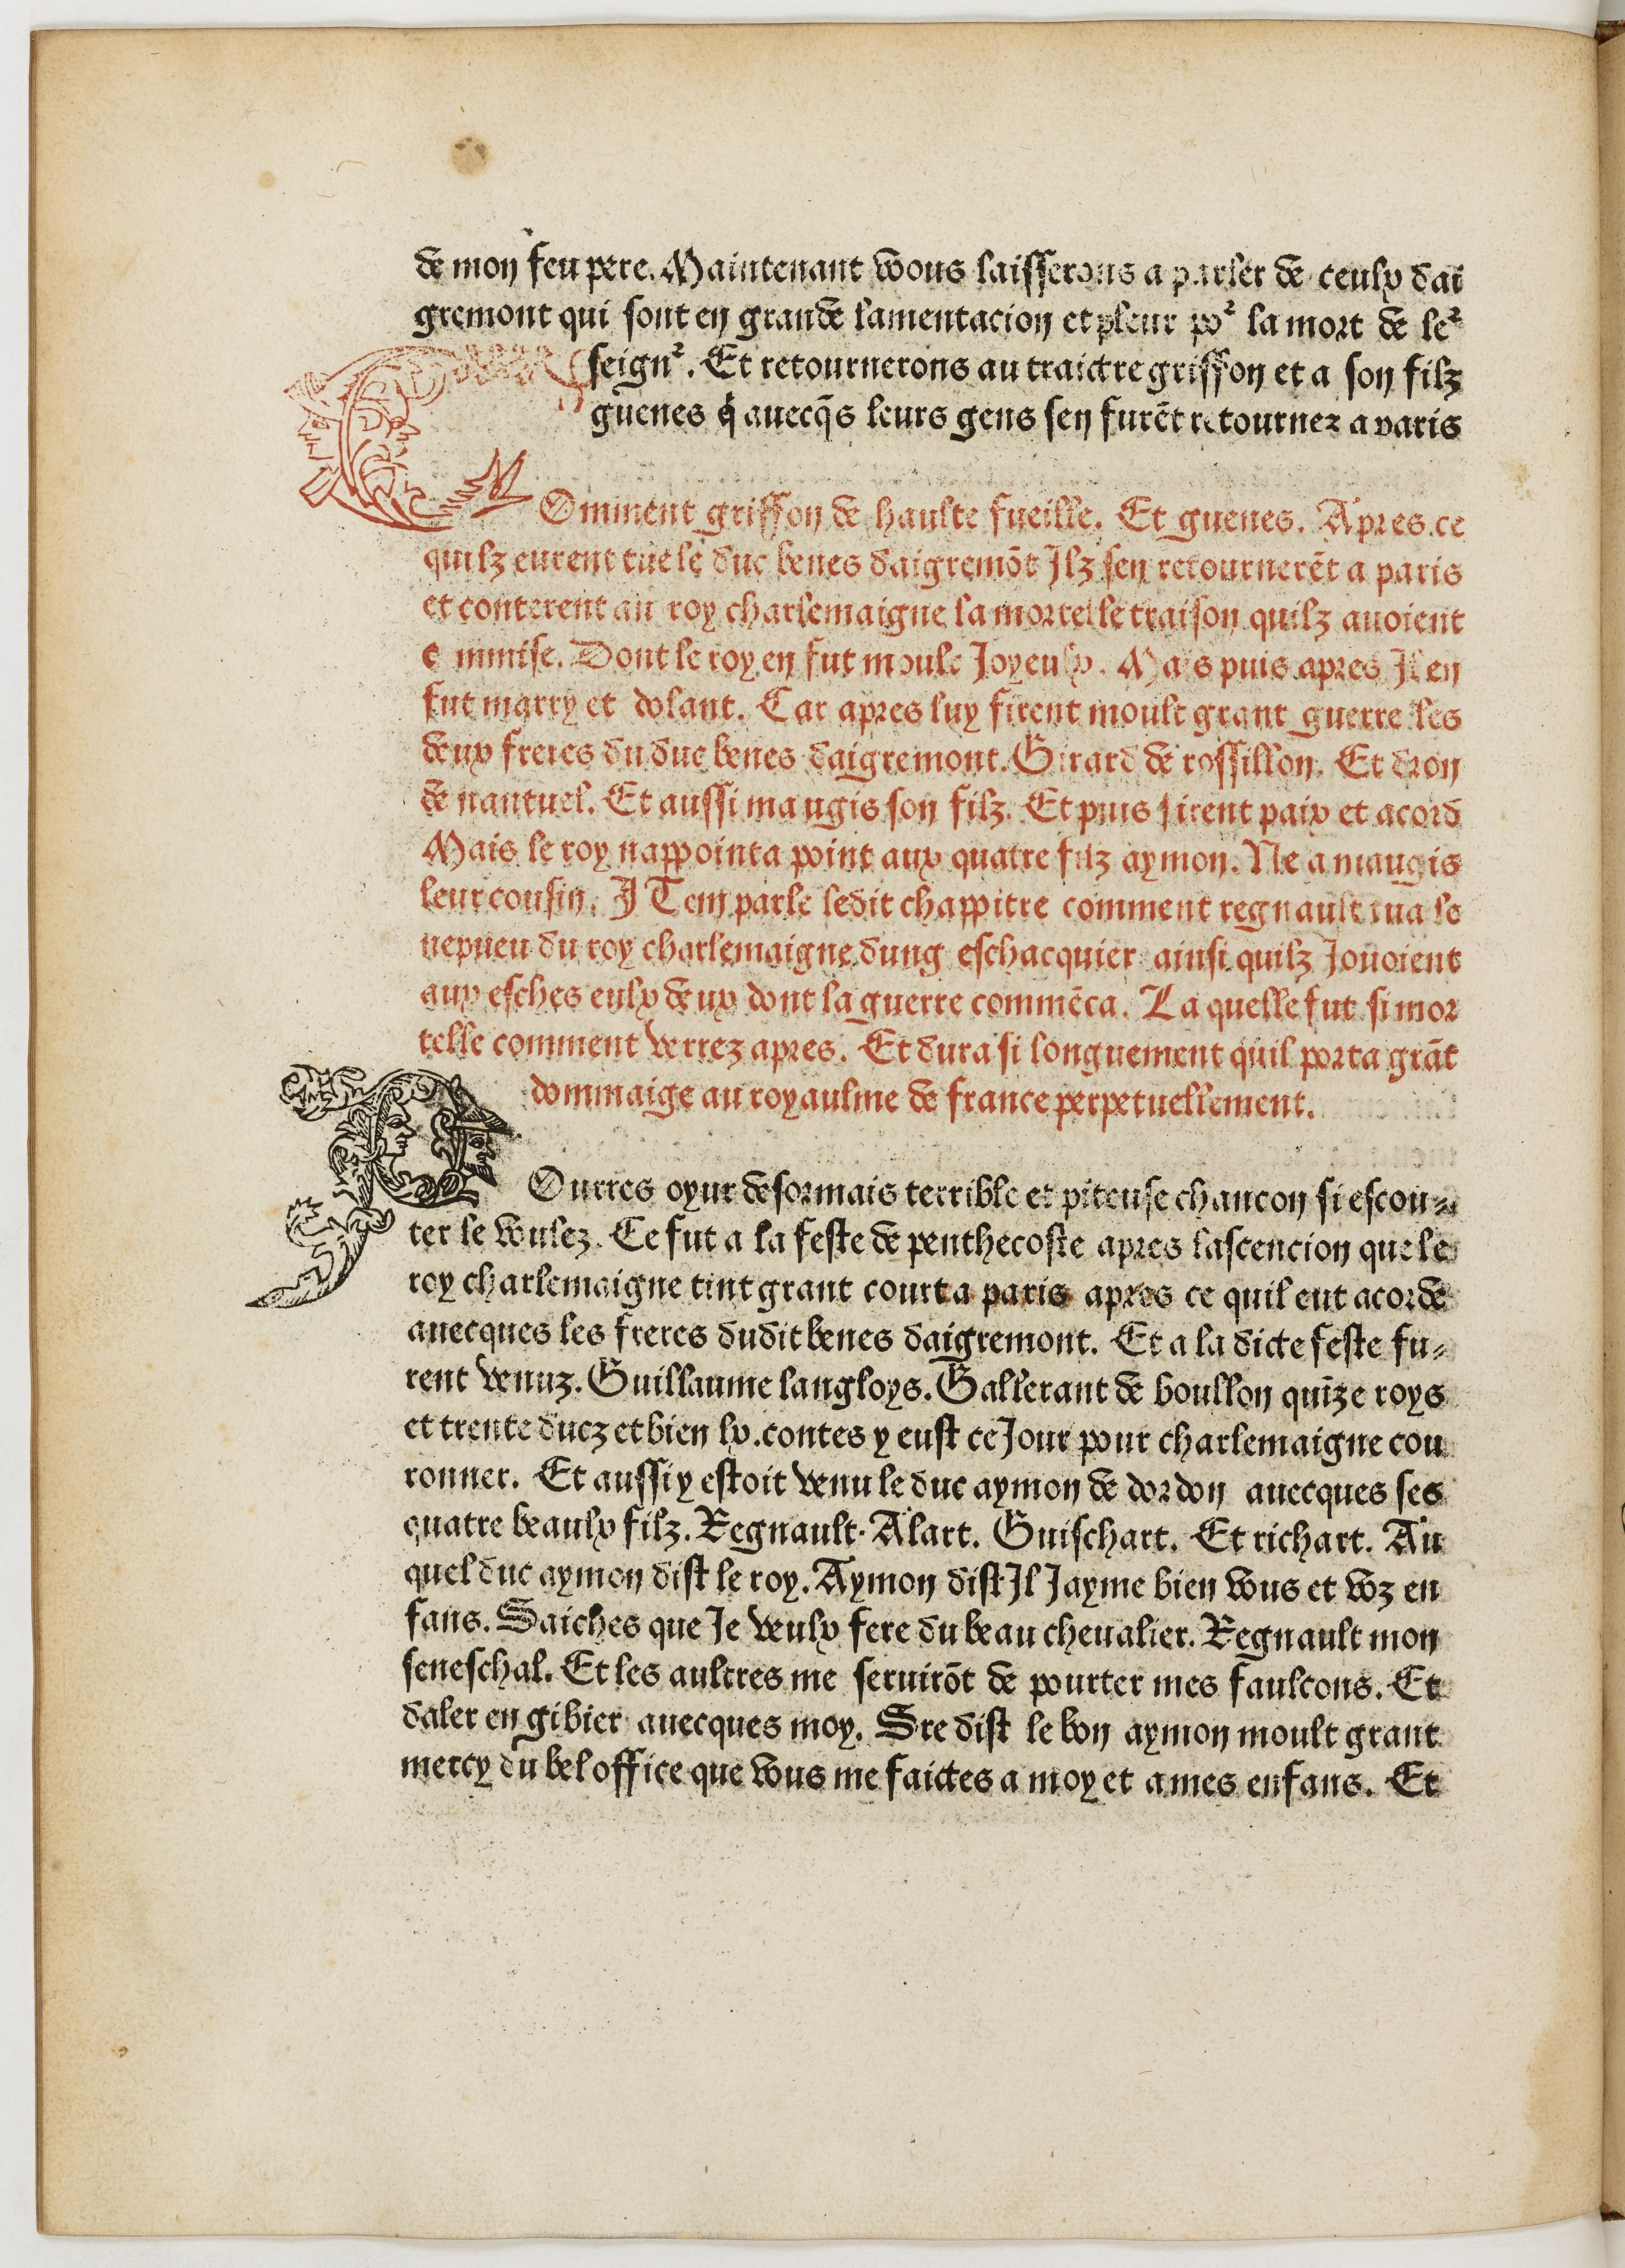
Shelfmark: Paris, BnF, Rés. Y2-364
Century: 15